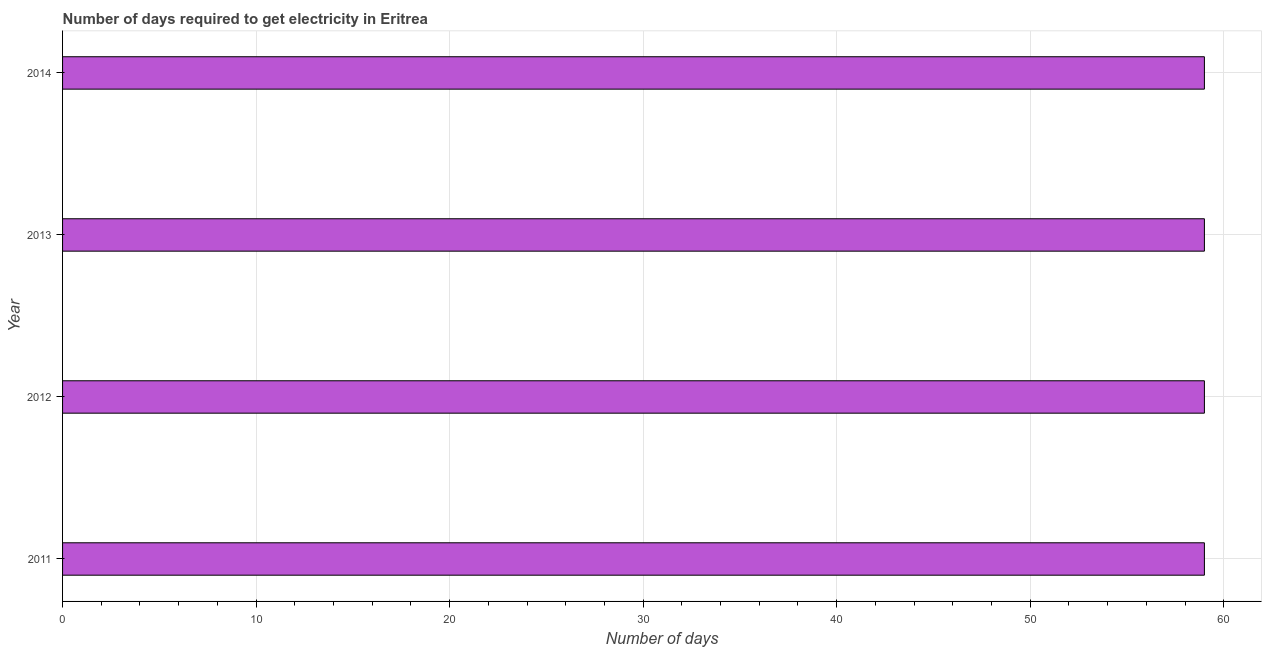
| Year | Time to get electricity |
 | --- | --- |
 | 2011 | 59 |
 | 2012 | 59 |
 | 2013 | 59 |
 | 2014 | 59 |